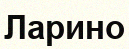
Ларино